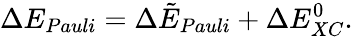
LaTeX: \Delta E_{Pauli}=\Delta\tilde{E}_{Pauli}+\Delta E_{XC}^{0}.